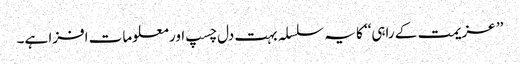
’’ عزیمت کے راہی‘‘ کا یہ سلسلہ بہت دل چسپ اور معلومات افزا ہے۔